Tezpur Lunatic Asylum reports 1877-1894 - 1877-1894
Year: 1877
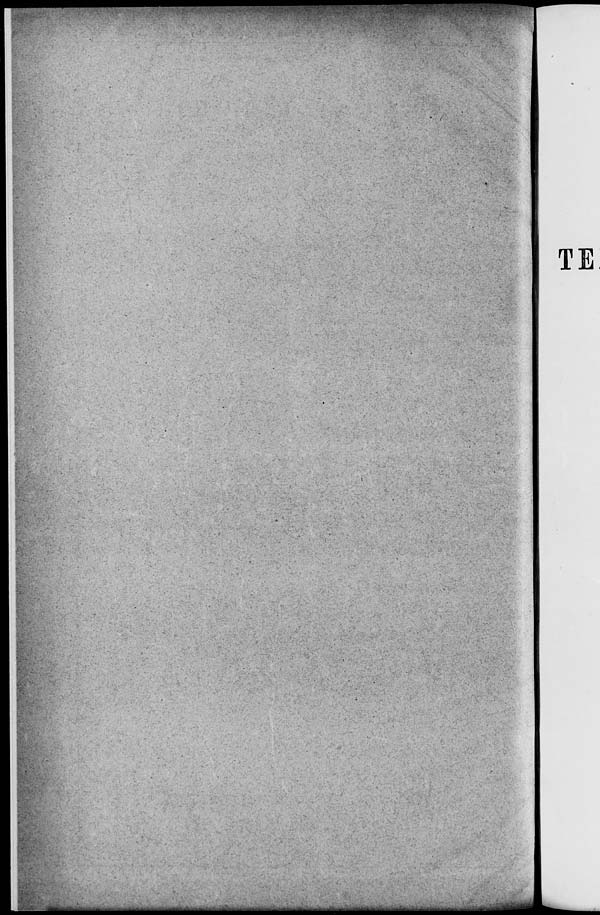
TE